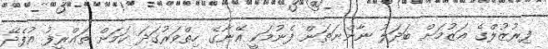
ފިރުޒުލްގެ ޢަޒުމަށް ބަދަލު ނާންނަތަން ފެނުމަކީ އޭނާގެ ހިތްވަރުގަދަ ކަމަށް ތަޢްރީފު އުފެދޭ